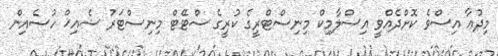
މިދުޢާ އިސްވެ ކޮށްދެއްވީ އިސްލާމިކް މިނިސްޓްރީގެ ކުރީގެ ސްޓޭޓް މިނިސްޓަރު ޝެއިޚް ހުސެއިން